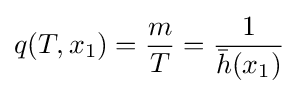
q(T,x_{1})={\frac {m}{T}}={\frac {1}{{\bar {h}}(x_{1})}}